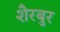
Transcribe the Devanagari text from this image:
शैरबुर